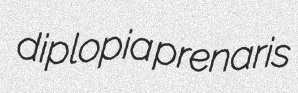
diplopia prenaris